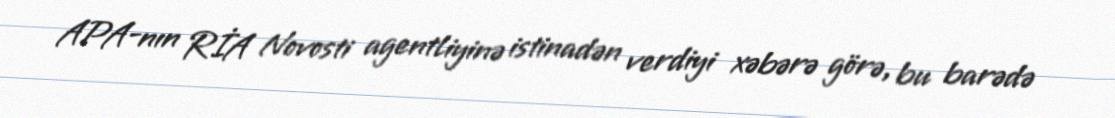
APA-nın RİA Novosti agentliyinə istinadən verdiyi xəbərə görə, bu barədə